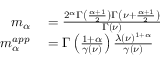
\begin{array} { r l } { m _ { \alpha } } & { { } = \frac { 2 ^ { \alpha } \Gamma \left( \frac { \alpha + 1 } { 2 } \right) \Gamma \left( \nu + \frac { \alpha + 1 } { 2 } \right) } { \Gamma \left( \nu \right) } } \\ { m _ { \alpha } ^ { a p p } } & { { } = \Gamma \left( \frac { 1 + \alpha } { \gamma ( \nu ) } \right) \frac { \lambda ( \nu ) ^ { 1 + \alpha } } { \gamma ( \nu ) } } \end{array}